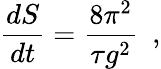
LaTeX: \frac{dS}{dt}=\frac{8\pi^{2}}{\tau g^{2}}~~,